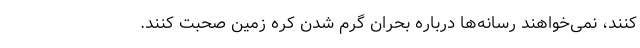
‌کنند، نمی‌خواهند رسانه‌ها درباره بحران گرم شدن کره زمین صحبت کنند.